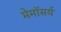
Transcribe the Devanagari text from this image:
मेमॉसर्य